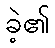
ခဲ့၏